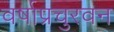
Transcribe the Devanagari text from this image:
वर्षाप्रचुरवन